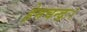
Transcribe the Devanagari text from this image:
हेमचन्द्रः।